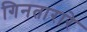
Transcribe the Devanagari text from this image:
गिनतारारे